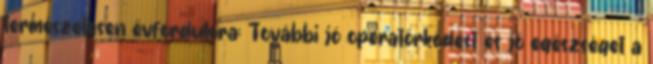
természetesen évfordulóra; További jó operatőrködést és jó egészséget a